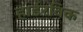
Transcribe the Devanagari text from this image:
हार्डरविक